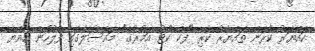
ހައްޔަރު ކުރަން ތައްޔާރު ކުރި "ފޭކް ކޯޓު އަމުރުގެ" މައްސަލާގައި ފުލުހުން އިއްޔެ